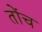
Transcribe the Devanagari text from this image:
तोंच